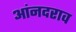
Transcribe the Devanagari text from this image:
आंनदराव